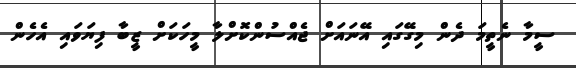
ސީމާ ނެތީމަ ދެން މިގޭގައި އޭނައަށް ޖެއްސުންކޮށްލާ މީހަކަށް ޒީބާ ފިޔަވައި އެހެން